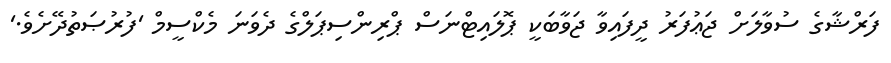
ފަރްޝާގެ ސުވާލަށް ޖަޢުފަރު ދީފައިވާ ޖަވާބަކީ ޕޮލައިޓްނަސް ޕްރިންސިޕަލްގެ ދެވަނަ މެކްސީމް 'ފުރުޞަތުދޭށެވެ.'